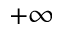
+ \infty